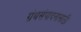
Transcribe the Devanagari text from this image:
ग्रंथसंपादनासाठी